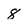
Character: 8